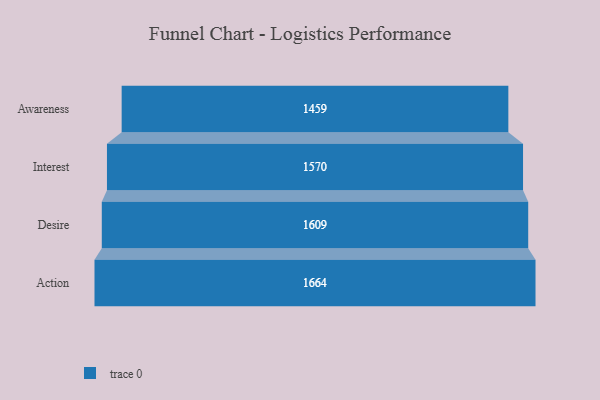
{"axis": {"x": "Stage", "y": "Value"}, "legend": [""], "data": [{"x": "Awareness", "y": 1459.0, "type": ""}, {"x": "Interest", "y": 1570.0, "type": ""}, {"x": "Desire", "y": 1609.0, "type": ""}, {"x": "Action", "y": 1664.0, "type": ""}]}